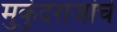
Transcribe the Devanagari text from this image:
मुकुंदराजांचे